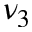
\nu _ { 3 }